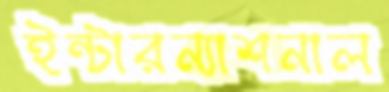
ইন্টারন্যাশনাল